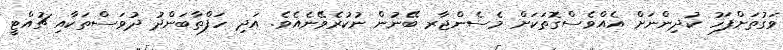
ވަގުތަށްފަހު ކުދިންނަށް އެއްވެސްގޮތަކަށް މެސެންޖާރ ބޭނުން ނުކުރެވޭނެއެވެ. އަދި ހަފްތާބަންދު ދުވަސްތަކާއި ޗުއްޓީ